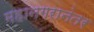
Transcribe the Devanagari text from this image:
महानगरानंतर